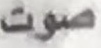
صوت